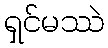
ရှင်မဿဲ